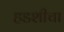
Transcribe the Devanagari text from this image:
हडशीचा